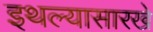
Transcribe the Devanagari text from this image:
इथल्यासारखे